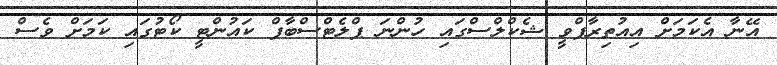
އޭނާ އެކަމަށް އިއުތިރާފްވީ ޝެކްލްސްގައި ހުންނަ ޕްލެޓްސްބާފް ކައުންޓީ ކޯޓުގައި ކަމަށް ވެސް